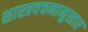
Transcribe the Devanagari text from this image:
शास्त्रवचनानुसार